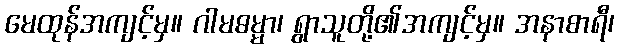
မေထုန်အကျင့်မှ။ ဂါမဓမ္မာ၊ ရွာသူတို့၏အကျင့်မှ။ အနာစာရီ၊